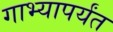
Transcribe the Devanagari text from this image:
गाभ्यापर्यंत